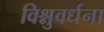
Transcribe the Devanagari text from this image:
विश्नुवर्धना